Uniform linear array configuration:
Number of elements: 64
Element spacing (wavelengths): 0.75
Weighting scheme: exponential
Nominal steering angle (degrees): -15
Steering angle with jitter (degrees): -13.989
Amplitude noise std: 0.05
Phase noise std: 0.05

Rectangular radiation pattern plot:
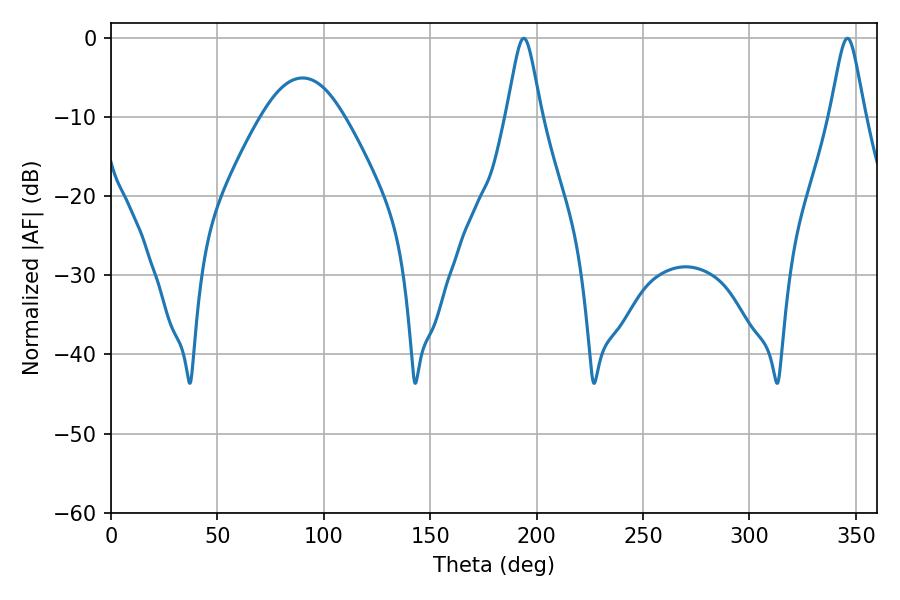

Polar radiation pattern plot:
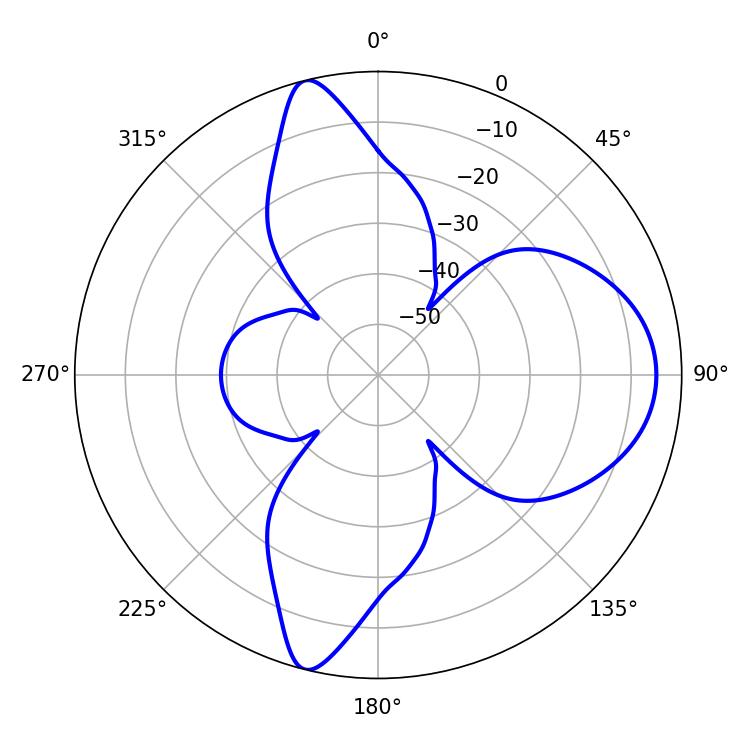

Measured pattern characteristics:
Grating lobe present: TRUE
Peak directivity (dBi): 13.088
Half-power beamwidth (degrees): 7.74
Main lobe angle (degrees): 194.04